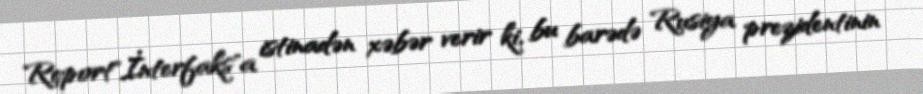
Report"İnterfaks"a istinadən xəbər verir ki, bu barədə Rusiya prezidentinin